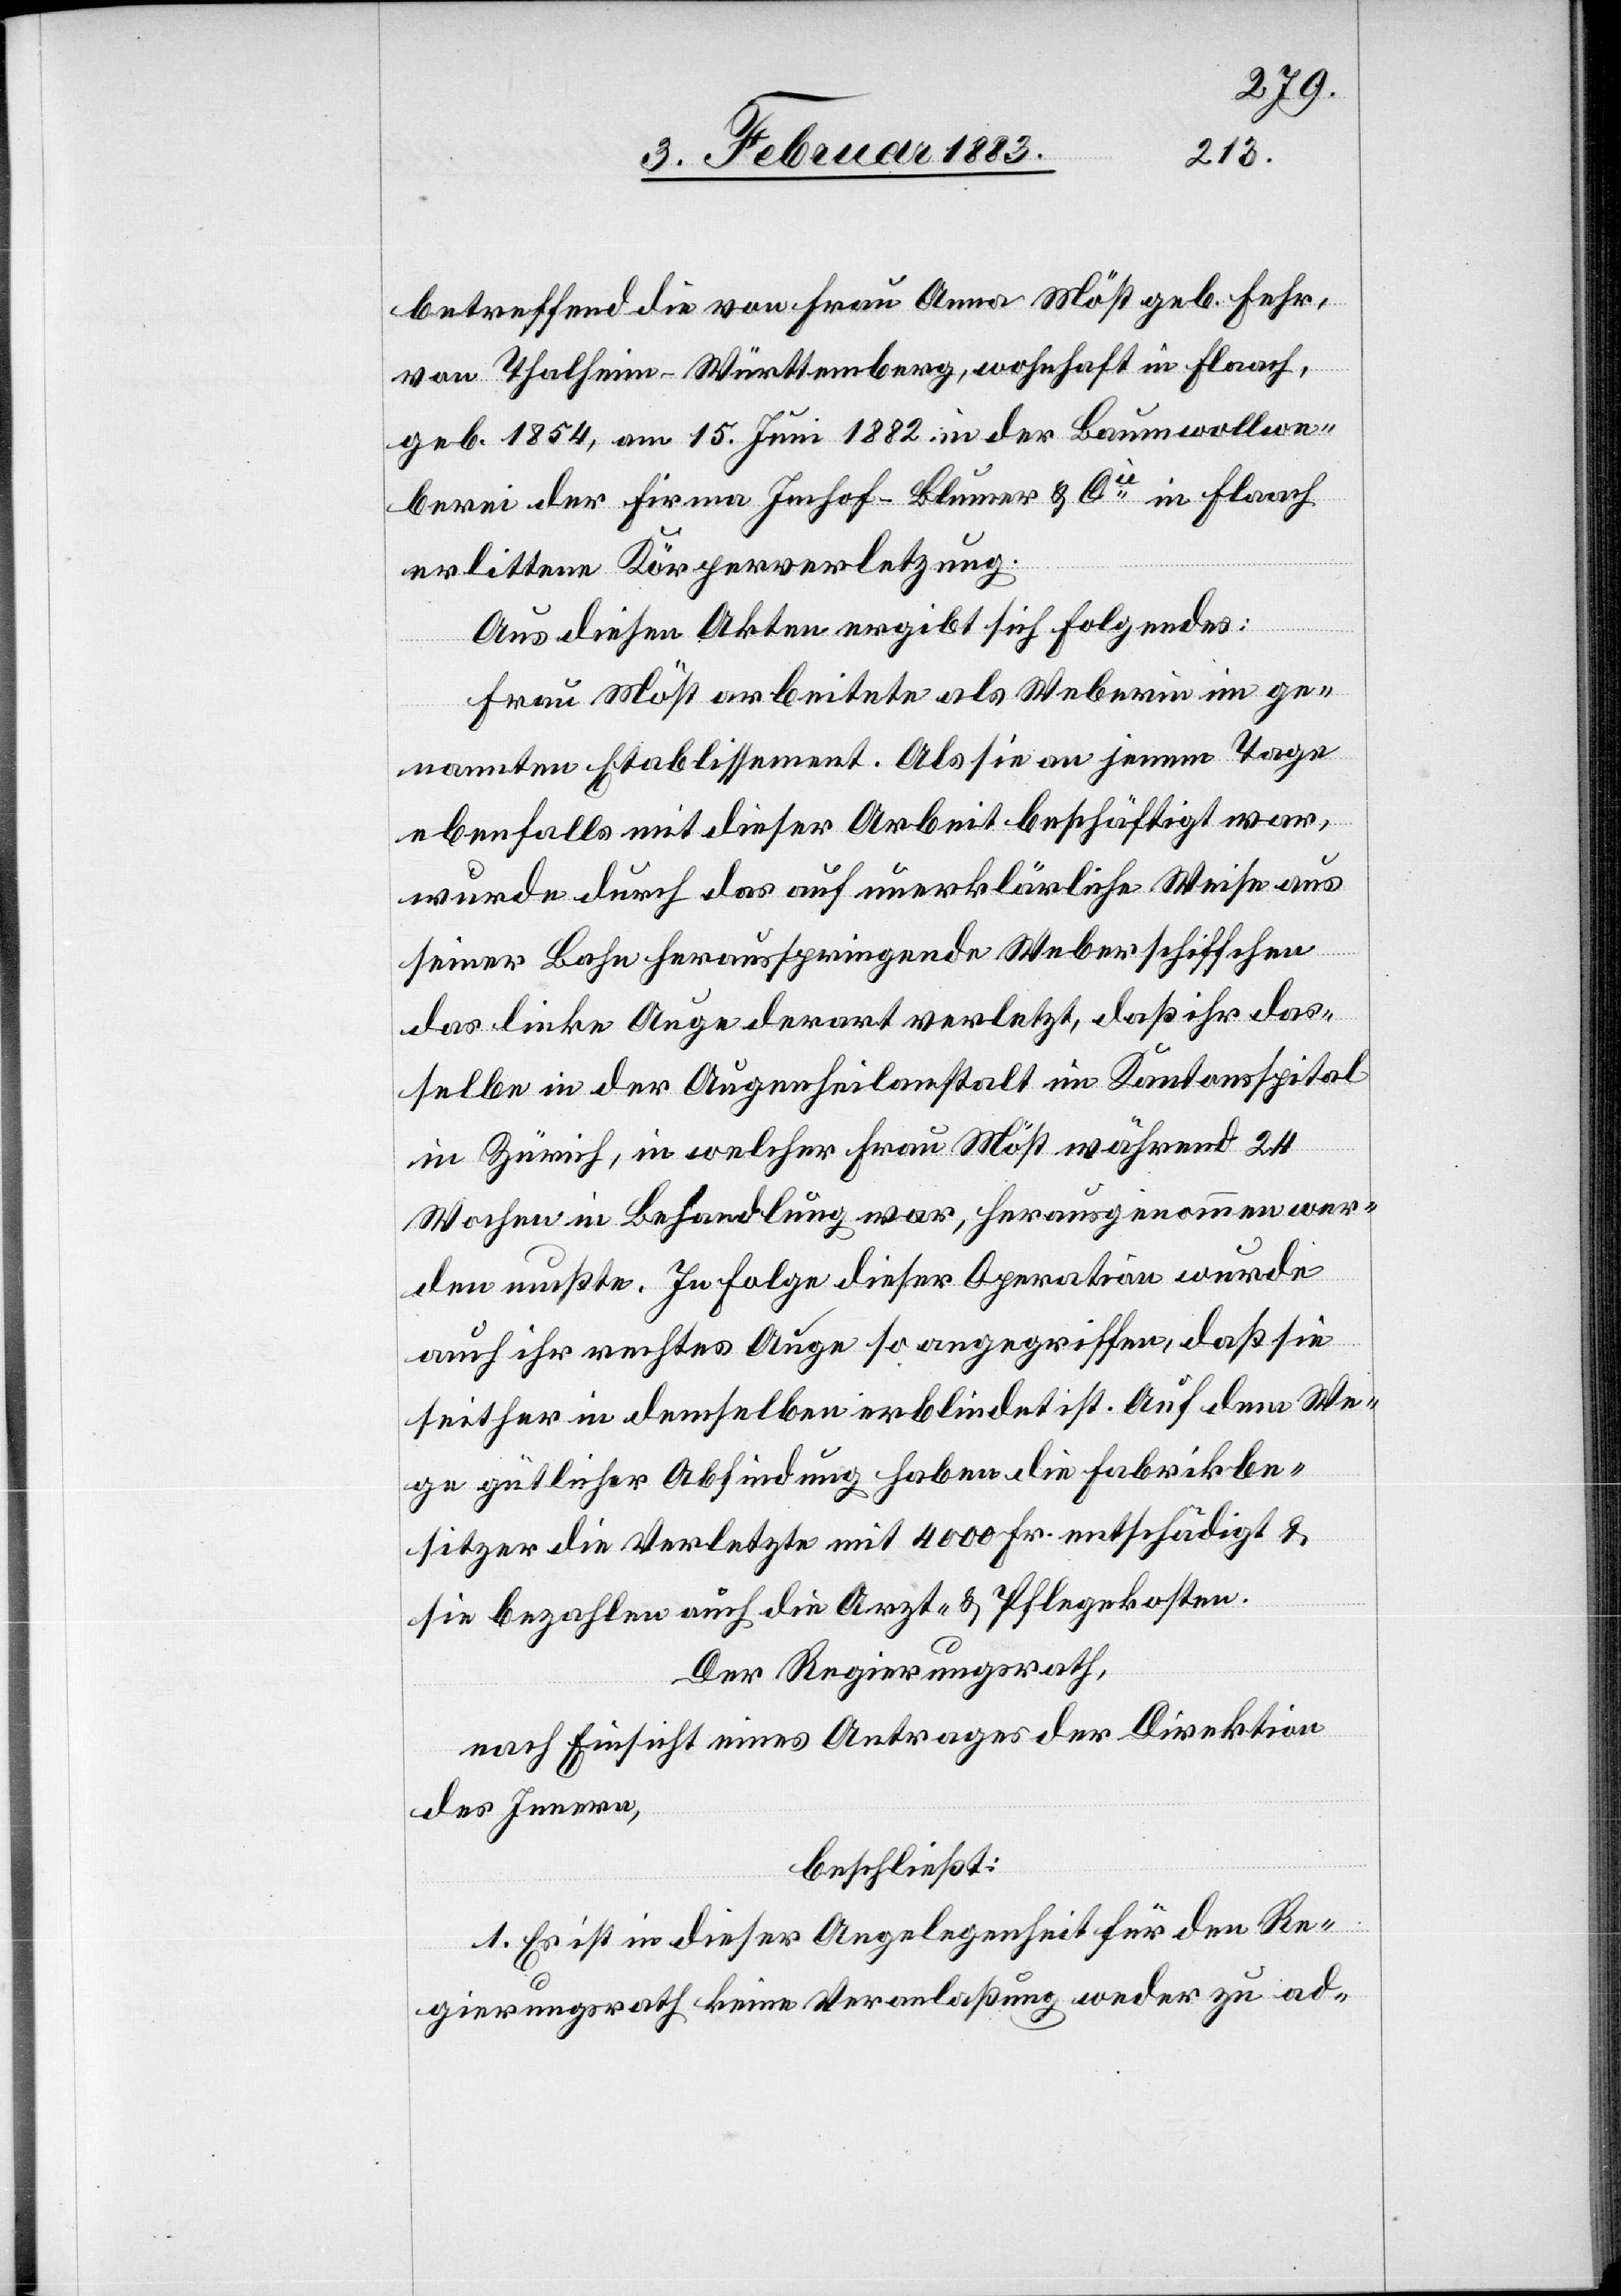
betreffend die von Frau Anna Möst geb. Fehr,
von Thalheim - Württemberg, wohnhaft in Flaach,
geb. 1854, am 15. Juni 1882 in der Baumwollwe¬
berei der Firma Imhof-Blumer & Cie in Flaach
erlittene Körperverletzung.
Aus diesen Akten ergibt sich folgendes:
Frau Möst arbeitete als Weberin im ge¬
nannten Etablissement. Als sie an jenem Tage
ebenfalls mit dieser Arbeit beschäftigt war,
wurde durch das auf unerklärliche Weise aus
seiner Bahn herausspringende Weberschiffchen
das linke Auge derart verletzt, daß ihr das¬
selbe in der Augenheilanstalt im Kantonsspital
in Zürich, in welcher Frau Möst während 24
Wochen in Behandlung war, herausgenommen wer¬
den mußte. In Folge dieser Operation wurde
auch ihr rechtes Auge so angegriffen, daß sie
seither in demselben erblindet ist. Auf dem We¬
ge gütlicher Abfindung haben die Fabrikbe¬
sitzer die Verletzte mit 4000 Fr. entschädigt &
sie bezahlen auch die Arzt- & Pflegekosten.
Der Regierungsrath,
nach Einsicht eines Antrages der Direktion
des Innern,
beschließt:
1. Es ist in dieser Angelegenheit für den Re¬
gierungsrath keine Veranlaßung weder zu ad-